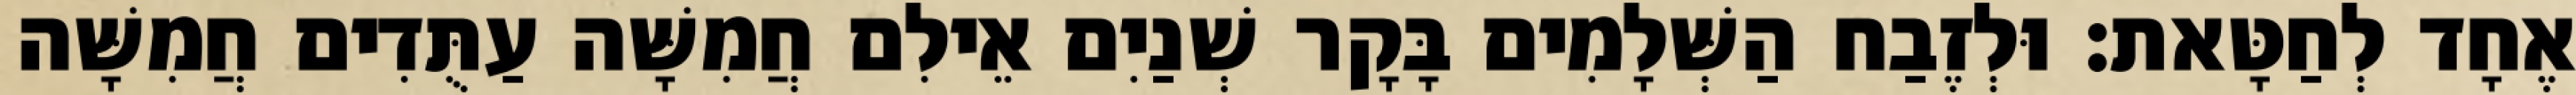
אֶחָד לְחַטָּאת׃ וּלְזֶבַח הַשְּׁלָמִים בָּקָר שְׁנַיִם אֵילִם חֲמִשָּׁה עַתֻּדִים חֲמִשָּׁה